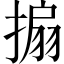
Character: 搧